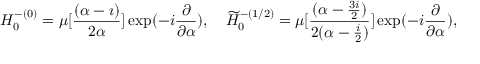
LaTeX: H _ { 0 } ^ { - ( 0 ) } = \mu [ \frac { ( \alpha - \imath ) } { 2 { \alpha } } ] \exp ( - i \frac { \partial } { { \partial } { \alpha } } ) , \quad \widetilde { H } _ { 0 } ^ { - ( 1 / 2 ) } = \mu [ \frac { ( \alpha - \frac { 3 i } { 2 } ) } { 2 ( { \alpha } - \frac { i } { 2 } ) } ] \exp ( - i \frac { \partial } { { \partial } { \alpha } } ) ,